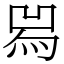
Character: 𤉡